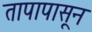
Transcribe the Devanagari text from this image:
तापापासून